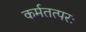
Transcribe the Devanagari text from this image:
कर्मतत्परः